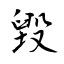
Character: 毀